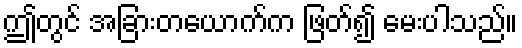
ဤတွင် အခြားတယောက်က ဖြတ်၍ မေးပါသည်။